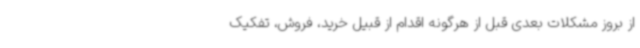
از بروز مشکلات بعدی قبل از هرگونه اقدام از قبیل خرید، فروش، تفکیک